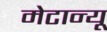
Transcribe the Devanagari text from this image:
मेटान्यू